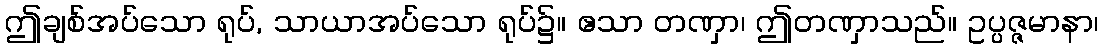
ဤချစ်အပ်သော ရုပ်, သာယာအပ်သော ရုပ်၌။ ဧသာ တဏှာ၊ ဤတဏှာသည်။ ဥပ္ပဇ္ဇမာနာ၊